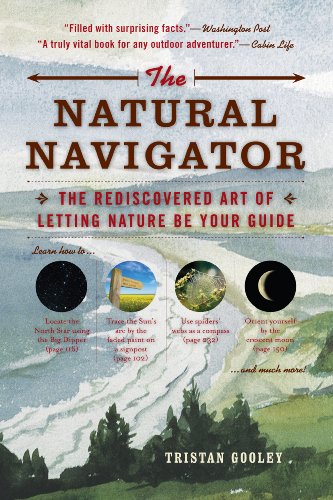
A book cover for The Natural Navigator: The Rediscovered Art of Letting Nature Be Your Guide; Tristan Gooley; Science & Math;